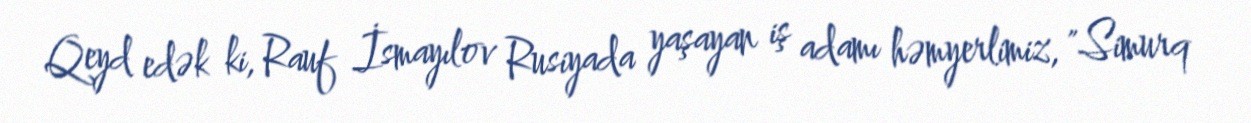
Qeyd edək ki, Rauf İsmayılov Rusiyada yaşayan iş adamı həmyerlimiz, "Simurq